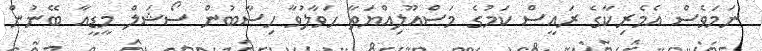
ނަމަވެސް އެމެރިކާގެ ރައީސް ކަމުގެ މަސްއޫލިއްޔަތާ ހަވާލުވާ ހިސާބުން ސޯޝަލް މީޑީއާ ބޭނުން